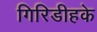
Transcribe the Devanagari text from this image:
गिरिडीहके